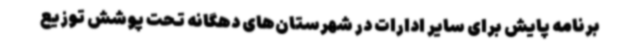
برنامه پایش برای سایر ادارات در شهرستان‌های دهگانه تحت پوشش توزیع